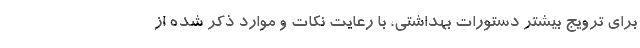
برای ترویج بیشتر دستورات بهداشتی، با رعایت نکات و موارد ذکر شده از